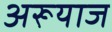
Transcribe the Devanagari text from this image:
अरूयाज